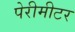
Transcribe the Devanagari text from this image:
पेरीमीटर